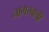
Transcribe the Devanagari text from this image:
नागरबाड़ी